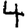
Digit: 4